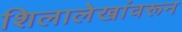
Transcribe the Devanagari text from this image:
शिलालेखांवरून